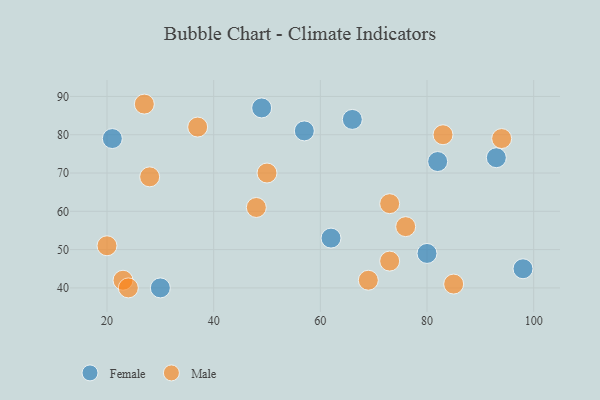
{"axis": {"x": "GDP", "y": "Life Expectancy"}, "legend": ["Female", "Male"], "data": [{"x": "62", "y": 53, "type": "Female"}, {"x": "21", "y": 79, "type": "Female"}, {"x": "82", "y": 73, "type": "Female"}, {"x": "49", "y": 87, "type": "Female"}, {"x": "57", "y": 81, "type": "Female"}, {"x": "93", "y": 74, "type": "Female"}, {"x": "30", "y": 40, "type": "Female"}, {"x": "98", "y": 45, "type": "Female"}, {"x": "80", "y": 49, "type": "Female"}, {"x": "66", "y": 84, "type": "Female"}, {"x": "23", "y": 42, "type": "Male"}, {"x": "83", "y": 80, "type": "Male"}, {"x": "24", "y": 40, "type": "Male"}, {"x": "73", "y": 47, "type": "Male"}, {"x": "28", "y": 69, "type": "Male"}, {"x": "27", "y": 88, "type": "Male"}, {"x": "85", "y": 41, "type": "Male"}, {"x": "69", "y": 42, "type": "Male"}, {"x": "37", "y": 82, "type": "Male"}, {"x": "48", "y": 61, "type": "Male"}, {"x": "94", "y": 79, "type": "Male"}, {"x": "76", "y": 56, "type": "Male"}, {"x": "73", "y": 62, "type": "Male"}, {"x": "20", "y": 51, "type": "Male"}, {"x": "50", "y": 70, "type": "Male"}]}